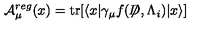
{ \cal A } _ { \mu } ^ { r e g } ( x ) = \mathrm { t r } [ \langle x | \gamma _ { \mu } f ( { \not \! \! D } , { \Lambda _ { i } } ) | x \rangle ]